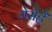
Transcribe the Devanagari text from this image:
गेसेहें